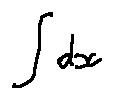
\int d x